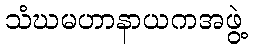
သံဃမဟာနာယကအဖွဲ့